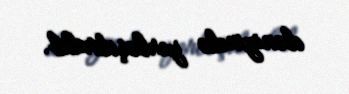
dənizində yerləşdirilib.